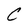
Character: C